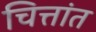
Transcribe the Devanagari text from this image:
चित्तांत